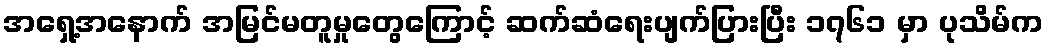
အရှေ့အနောက် အမြင်မတူမှုတွေကြောင့် ဆက်ဆံရေးပျက်ပြားပြီး ၁၇၆၁ မှာ ပုသိမ်က